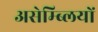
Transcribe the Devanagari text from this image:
असेम्ब्लियों